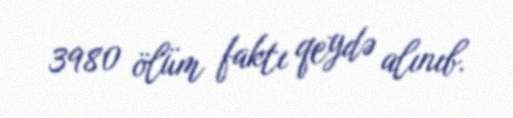
3980 ölüm faktı qeydə alınıb.